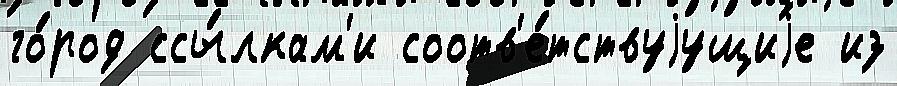
го́род ссы́лкам'и соотв'е́тствуjущиjе из